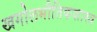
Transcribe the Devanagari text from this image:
खगोलभौतिकशास्त्र